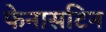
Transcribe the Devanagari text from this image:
फेनासटिन